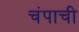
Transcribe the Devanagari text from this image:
चंपाची